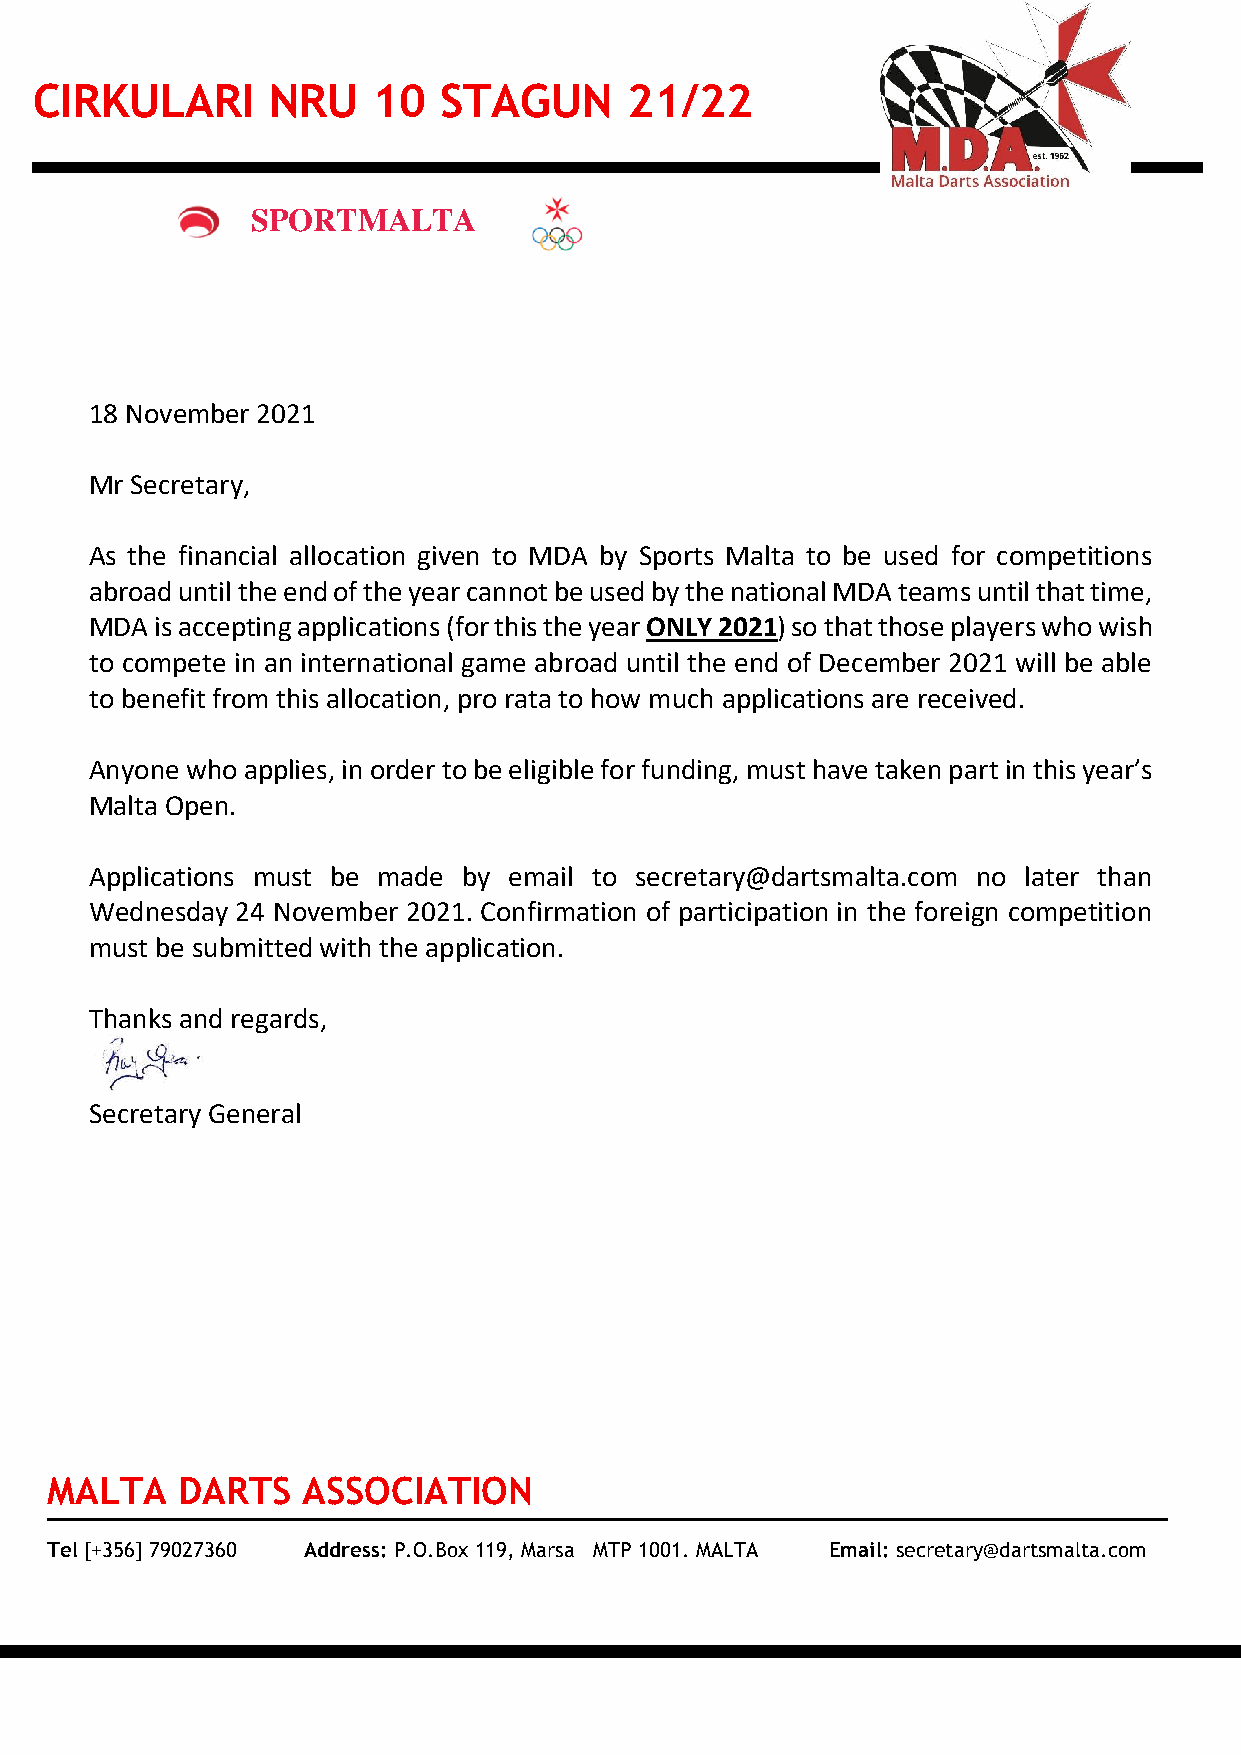
CIRKULARI       NRU    10  STAGUN      21/22
 18 November 2021
 Mr Secretary,
 As the financial allocation given to MDA by Sports Malta to be used for competitions
 abroad until the end of the year cannot be used by the national MDA teams until that time,
 MDA is accepting applications (for this the year ONLY 2021) so that those players who wish
 to compete in an international game abroad until the end of December 2021 will be able
 to benefit from this allocation, pro rata to how much applications are received.
 Anyone who applies, in order to be eligible for funding, must have taken part in this year’s
 Malta Open.
 Applications must be made by email to secretary@dartsmalta.com no later than
 Wednesday 24 November 2021. Confirmation of participation in the foreign competition
 must be submitted with the application.
 Thanks and regards,
 Secretary General
 MALTA    DARTS   ASSOCIATION
 Tel [+356] 79027360 Address: P.O.Box 119, Marsa MTP 1001. MALTA Email: secretary@dartsmalta.com
 S P O R T M A L T A